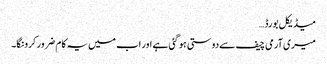
میڈیکل بورڈ…
میری آرمی چیف سے دوستی ہو گئی ہے اور اب میں یہ کام ضرور کرونگا۔